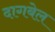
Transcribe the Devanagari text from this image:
दागबेल